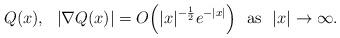
LaTeX: \begin{align*}Q(x),\ \ |\nabla Q(x)|=O\Big(|x|^{-\frac{1}{2}}e^{-|x|}\Big)\ \ {\rm as}\ \ |x|\to\infty.\end{align*}